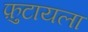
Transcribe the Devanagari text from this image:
फ़ुटायला